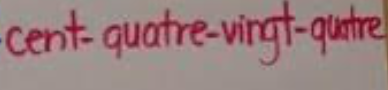
cent-quatre-vingt-quatre